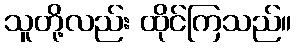
သူတို့လည်း ထိုင်ကြသည်။